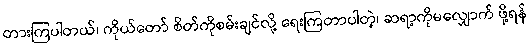
တားကြပါတယ်၊ ကိုယ်တော် စိတ်ကိုစမ်းချင်လို့ ရေးကြတာပါတဲ့၊ ဆရာ့ကိုမလျှောက် ဖို့ရန်